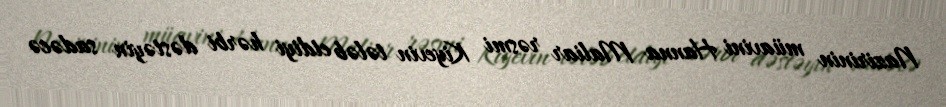
Nazirinin müavini Hanna Maliar rəsmi Kiyevin tələb etdiyi hərbi dəstəyin sadəcə